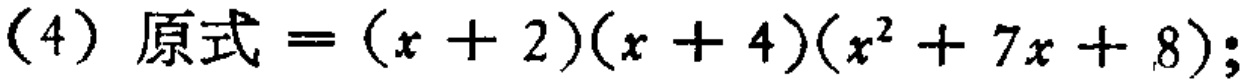
\[(4)\ 原式=(x + 2)(x + 4)(x^{2}+ 7x + 8);\]